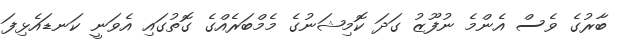
ބާރުގެ ވެސް އެންމެ ނުފޫޒު ގަދަ ކޮމިޝަނުގެ މެމްބަރެއްގެ ގޮތުގައި އެވަނީ ކަނޑައެޅިފަ